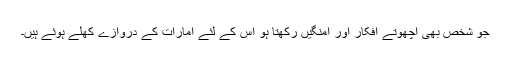
جو شخص بھی اچھوتے افکار اور امنگیں رکھتا ہو اس کے لئے امارات کے دروازے کھلے ہوئے ہیں۔